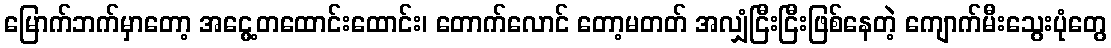
မြောက်ဘက်မှာတော့ အငွေ့တထောင်းထောင်း၊ တောက်လောင် တော့မတတ် အလျှံငြီးငြီးဖြစ်နေတဲ့ ကျောက်မီးသွေးပုံတွေ